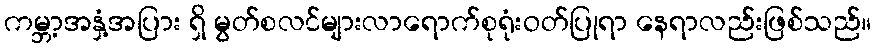
ကမ္ဘာ့အနှံ့အပြား ရှိ မွတ်စလင်များလာရောက်စုရုံးဝတ်ပြုရာ နေရာလည်းဖြစ်သည်။